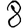
Digit: 8